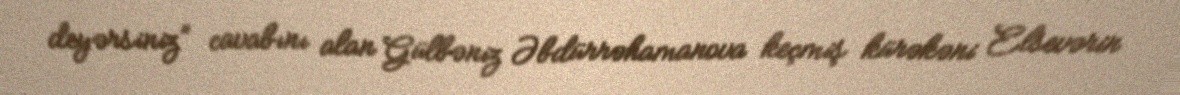
deyərsiniz” cavabını alan Gülbəniz Əbdürrəhamanova keçmiş kürəkəni Elsevərin